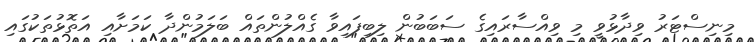
މިނިސްޓަރު ވިދާޅުވީ މި ވިއްސާރައިގެ ސަބަބުން ލިބިފައިވާ ގެއްލުންތައް ބަލަމުންދާ ކަމަށާއި އަތޮޅުތަކުގައި